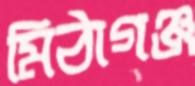
মিঠাগঞ্জ